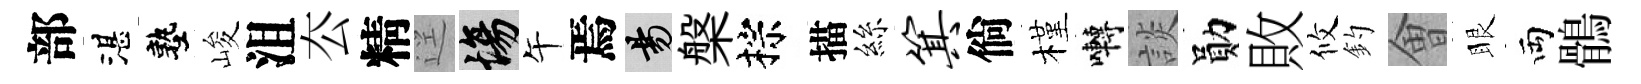
部湛塾峻沮厺精逕場午焉昜槃棕描絲箕倘槿囀談勛敗攸釣㑹眼両鶻